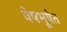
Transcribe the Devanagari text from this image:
वेषभूषेत